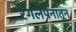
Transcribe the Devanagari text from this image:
रंगलेपनातून